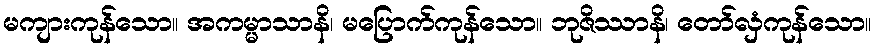
မကျားကုန်သော။ အကမ္မာသာနိ၊ မပြောက်ကုန်သော။ ဘုဇိဿာနိ၊ တော်လှံကုန်သော။